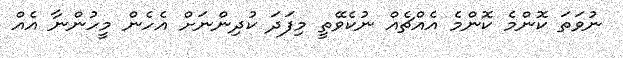
ނުވަތަ ކޮންމެ ކޮންމެ އެއްޗެއް ނުކެވޭތީ މިފަދަ ކުދިންނަށް އެހެން މީހުންނާ އެއް